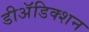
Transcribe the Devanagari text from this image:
डीअॅडिक्शन